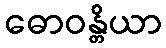
ဓောဝန္တိယာ